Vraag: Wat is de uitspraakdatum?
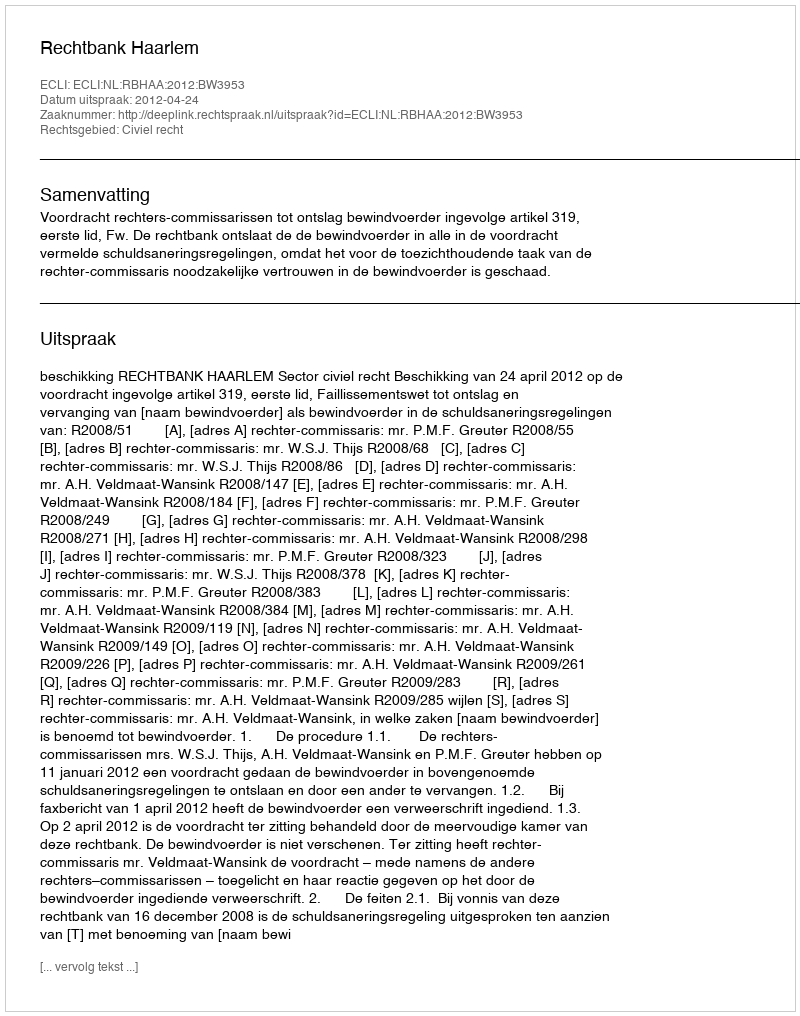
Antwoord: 2012-04-24